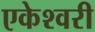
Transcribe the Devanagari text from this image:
एकेश्वरी